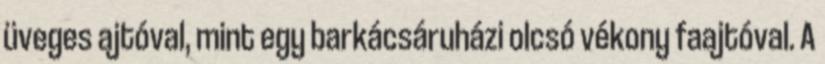
üveges ajtóval, mint egy barkácsáruházi olcsó vékony faajtóval. A